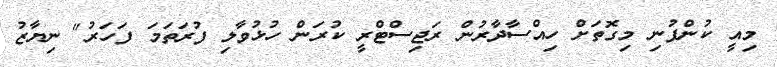
މިއީ ކުންފުނި މިގޮތަށް ހިއްސާދާރުން ރަޖިސްޓްރީ ކުރަން ހުޅުވާލި ފުރަތަމަ ފަހަރު" ނިޔާޒު